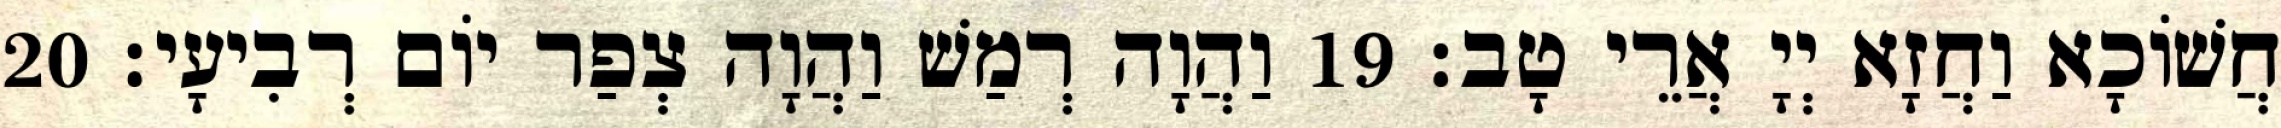
חֲשׁוֹכָא וַחֲזָא יְיָ אֲרֵי טָב׃ 19 וַהֲוָה רְמַשׁ וַהֲוָה צְפַר יוֹם רְבִיעָי׃ 20